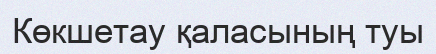
Көкшетау қаласының туы